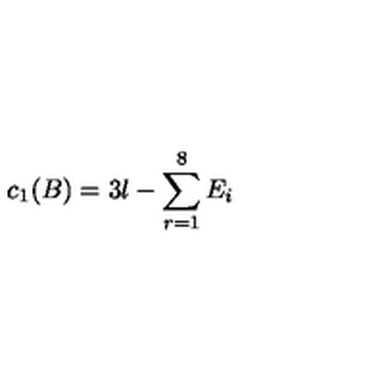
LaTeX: c _ { 1 } ( B ) = 3 l - \sum _ { r = 1 } ^ { 8 } E _ { i }